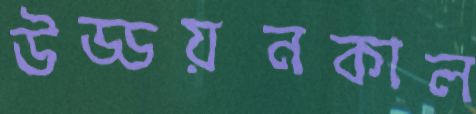
উড্ডয়নকাল